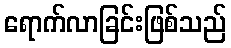
ရောက်လာခြင်းဖြစ်သည်